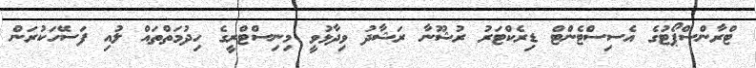
ޓްރާންސްޕޯޓުގެ އެސިސްޓެންޓް ޑިރެކްޓަރު ރުޝޫނާ ރަޝާދު ވިދާޅުވީ މިނިސްޓްރީގެ ހިދުމަތްތައް ލުއި ފަސޭހަކުރަން